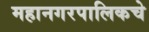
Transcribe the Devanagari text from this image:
महानगरपालिकचे